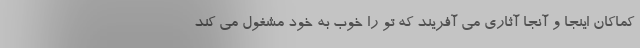
کماکان اینجا و آنجا آثاری می آفریند که تو را خوب به خود مشغول می کند